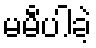
မမီပါခဲ့